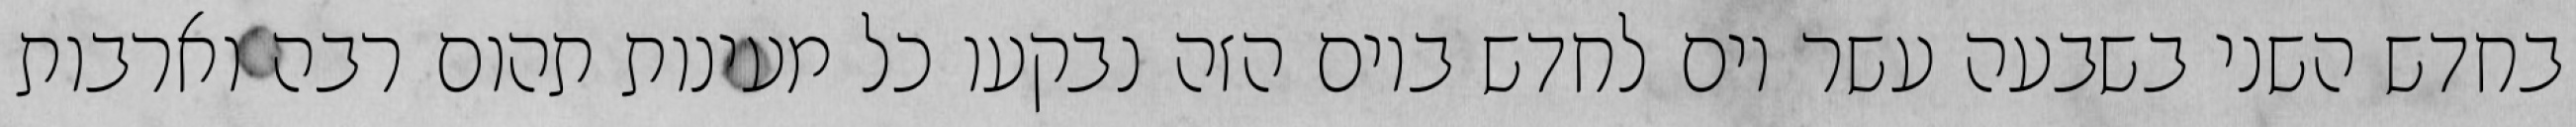
בחדש השני בשבעה עשר יום לחדש ביום הזה נבקעו כל מעינות תהום רבה וארבות